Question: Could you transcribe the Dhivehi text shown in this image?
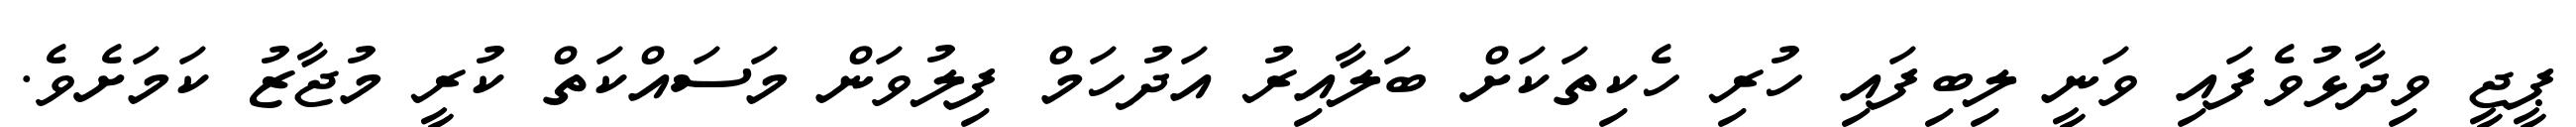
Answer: ޕީޖީ ވިދާޅުވެފައި ވަނީ ލިބިފައި ހުރި ހެކިތަކަށް ބަލާއިރު އަދުހަމް ފިލުވަން މަސައްކަތް ކުރީ މުޖާޒު ކަމަށެވެ.